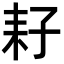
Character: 耔